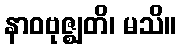
နာဝဗုဇ္ဈတိ၊ မသိ။